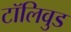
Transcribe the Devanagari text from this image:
टॉलिवुड